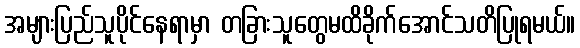
အများပြည်သူပိုင်နေရာမှာ တခြားသူတွေမထိခိုက်အောင်သတိပြုရမယ်။